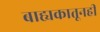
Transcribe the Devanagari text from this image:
बाह्यकातूनही